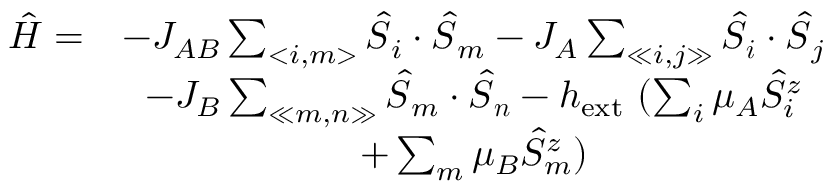
\begin{array} { r c } { \hat { H } = } & { - J _ { A B } \sum _ { < i , m > } \boldsymbol { \hat { S } } _ { i } \cdot \boldsymbol { \hat { S } } _ { m } - J _ { A } \sum _ { \ll i , j \gg } \boldsymbol { \hat { S } } _ { \boldsymbol { i } } \cdot \boldsymbol { \hat { S } } _ { j } } \\ & { - J _ { B } \sum _ { \ll m , n \gg } \boldsymbol { \hat { S } } _ { m } \cdot \boldsymbol { \hat { S } } _ { \boldsymbol { n } } - h _ { \mathrm { e x t ~ } } ( \sum _ { i } \mu _ { A } \hat { S } _ { i } ^ { z } } \\ & { + \sum _ { m } \mu _ { B } \hat { S } _ { m } ^ { z } ) } \end{array}